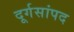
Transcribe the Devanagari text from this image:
दूर्गसांपद